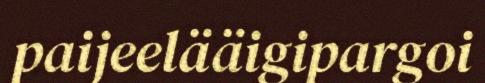
paijeelääigipargoi